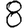
Digit: 8